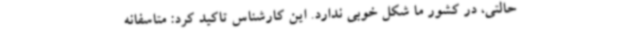
حالتی، در کشور ما شکل خوبی ندارد. این کارشناس تاکید کرد: متاسفانه